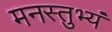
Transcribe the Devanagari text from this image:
मनस्तुभ्यं